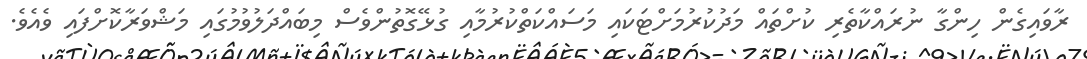
ރާވައިގެން ހިންގާ ނުރައްކާތެރި ކުށްތައް މަދުކުރުމަށްޓަކައި މަސައްކަތްކުރުމާއި ގުޅޭގޮތުންވެސް މިބައްދަލުވުމުގައި މަޝްވަރާކޮށްފައި ވެއެވެ.